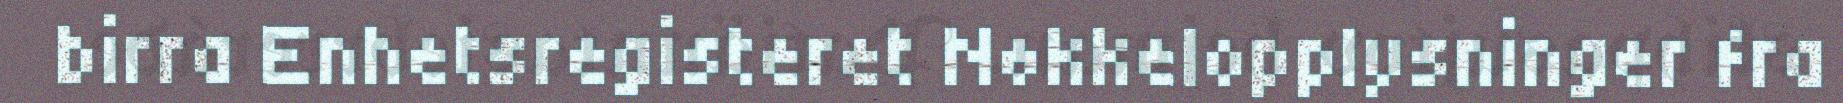
birra Enhetsregisteret Nøkkelopplysninger fra